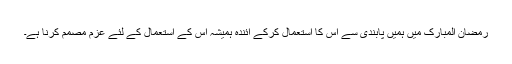
رمضان المبارک میں ہمیں پابندی سے اس کا استعمال کرکے آئندہ ہمیشہ اس کے استعمال کے لئے عزمِ مصمم کرنا ہے۔